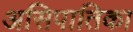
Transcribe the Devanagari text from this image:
असिपातिका